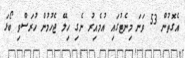
އެގޮތުން 53 ވަނަ މިނެޓުގައި އުމެއިރު ނެގި ހިލޭ ޖެހުމުން ހުރަސްވި ބޯޅަ